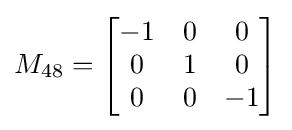
M_{48}={\begin{bmatrix}-1&0&0\\0&1&0\\0&0&-1\end{bmatrix}}